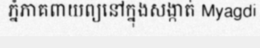
ភ្នំភាគពាយព្យនៅក្នុងសង្កាត់ Myagdi